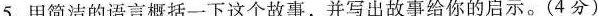
5.用简洁的语言概括一下这个故事，并写出故事给你的启示。(4分）